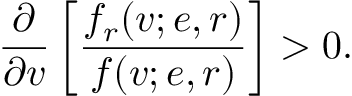
\frac { \partial } { \partial v } \left[ \frac { f _ { r } ( v ; e , r ) } { f ( v ; e , r ) } \right] > 0 .